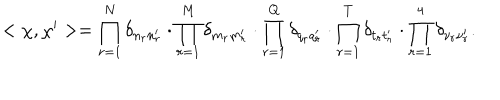
\begin{array} { l } { { < \chi , \chi ^ { \prime } > = \displaystyle \prod _ { r = 1 } ^ { N } \delta _ { n _ { r } n _ { r } ^ { \prime } } \cdot \displaystyle \prod _ { r = 1 } ^ { M } \delta _ { m _ { r } m _ { r } ^ { \prime } } \cdot \displaystyle \prod _ { r = 1 } ^ { Q } \delta _ { q _ { r } q _ { r } ^ { \prime } } \cdot \displaystyle \prod _ { r = 1 } ^ { T } \delta _ { t _ { r } t _ { r } ^ { \prime } } \cdot \displaystyle \prod _ { r = 1 } ^ { 4 } \delta _ { \nu _ { r } \nu _ { r } ^ { \prime } } . } } \\ \end{array}